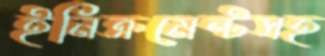
ইনিক্রমেন্টসহ